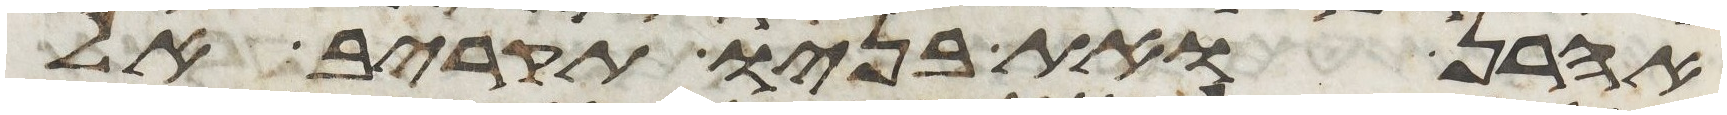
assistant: אהרן ואת בניו תקריב אל